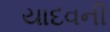
યાદવની